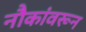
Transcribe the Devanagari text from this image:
नौकांवरून